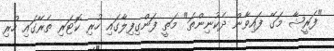
"ފަރީޝާ މަގޭ ފައިވާން ދެކުނިންތަ" މަތީ ފަންގިފިލާގައި ހުރި ކޮޓަރި ތެރޭގައި ހުރި